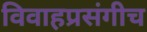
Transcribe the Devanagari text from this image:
विवाहप्रसंगीच